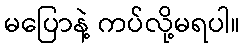
မပြောနဲ့ ကပ်လို့မရပါ။